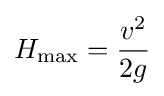
H_{\mathrm {max} }={v^{2} \over 2g}